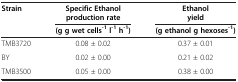
<table><thead><tr><td rowspan="3"><b>Strain</b></td><td><b>Specific Ethanol production rate</b></td><td><b>Ethanol yield</b></td></tr><tr><td><b>(g g wet cells<sup>-1</sup>l<sup>-1</sup>h<sup>-1</sup>)</b></td><td><b>(g ethanol g hexoses<sup>-1</sup>)</b></td></tr></thead><tbody><tr><td>TMB3720</td><td>0.08 ± 0.02</td><td>0.37 ± 0.01</td></tr><tr><td>BY</td><td>0.02 ± 0.00</td><td>0.21 ± 0.02</td></tr><tr><td>TMB3500</td><td>0.05 ± 0.00</td><td>0.38 ± 0.00</td></tr></tbody></table>